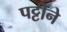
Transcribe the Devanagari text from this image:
पट्टीने